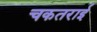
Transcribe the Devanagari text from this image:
चकतराई